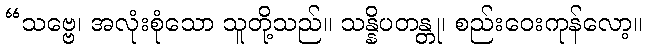
“သဗ္ဗေ၊ အလုံးစုံသော သူတို့သည်။ သန္နိပတန္တု၊ စည်းဝေးကုန်လော့။